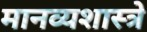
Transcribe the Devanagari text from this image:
मानव्यशास्त्रे